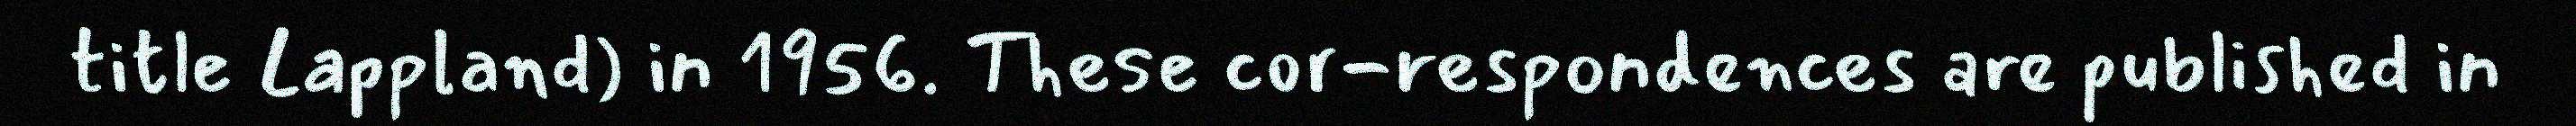
title Lappland) in 1956. These cor-respondences are published in